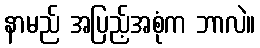
နာမည် အပြည့်အစုံက ဘာလဲ။